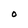
Character: O